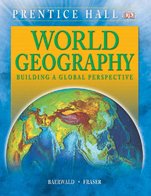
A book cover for WORLD GEOGRAPHY STUDENT EDITION C2009; PRENTICE HALL; Teen & Young Adult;